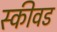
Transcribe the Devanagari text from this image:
स्कीवड